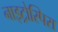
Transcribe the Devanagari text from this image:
नाइट्रोस्पिरा